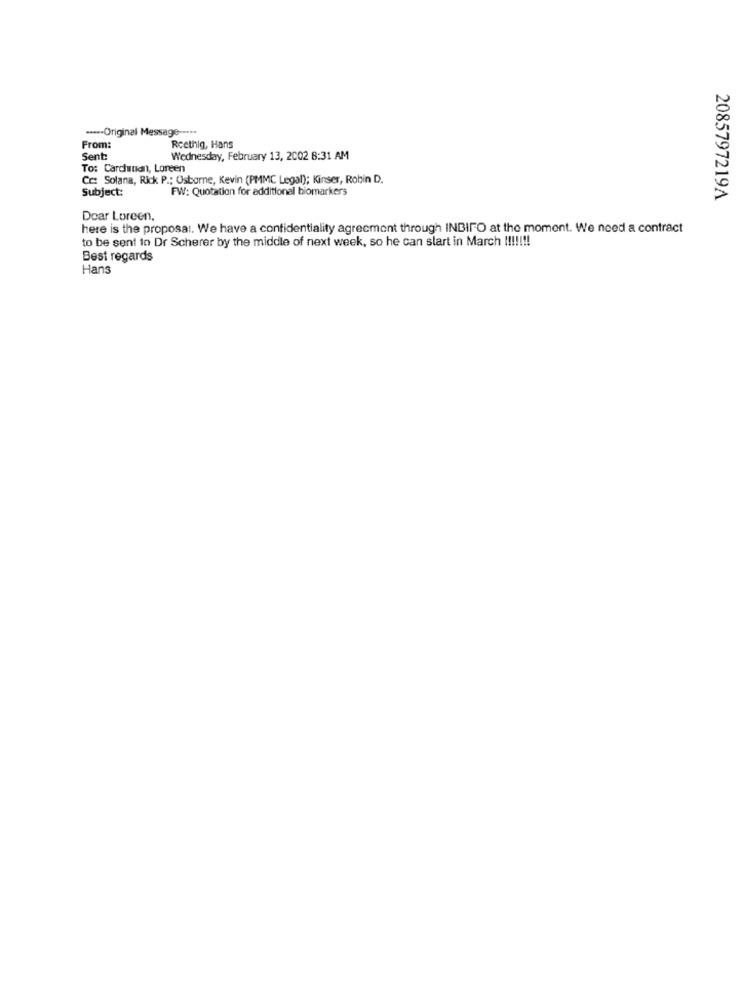
····· Original Message --···
From:
Reethig, Hans
Sent:
Wednesday, February 13, 2002 8:31 AM
To: Cardutan, Loreen
Ce: Solana, Rick P .; Osborne, Kevin (PMMC Legal); Kinser, Robin D.
Subject:
FW: Quotation for additional biomarkers
2085797219A
Doar Lureen,
here is the proposal. We have a confidentiality agreement through INBIFO at the moment. We need a contract
to be sent in Dr Scherer by the middle of next week, so he can start in March !!!!!!!
Best regards
Hans